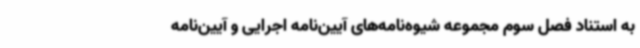
به استناد فصل سوم مجموعه شیوه‌نامه‌های آیین‌نامه اجرایی و آیین‌نامه